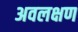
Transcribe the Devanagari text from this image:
अवलक्षण